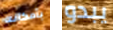
بأمكانه يبدو